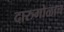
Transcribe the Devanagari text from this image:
दारुगोळाच